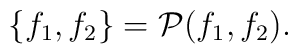
\{f_{1},f_{2}\}={\cal P} (f_{1},f_{2}).